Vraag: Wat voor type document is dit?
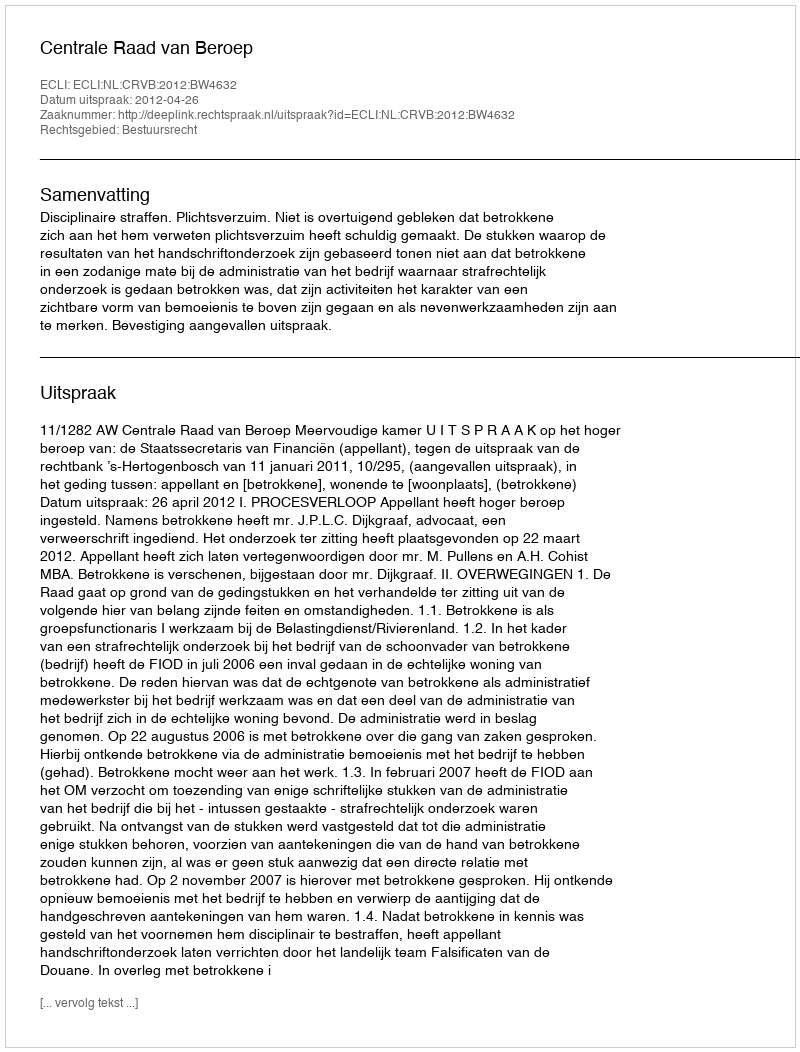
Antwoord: Uitspraak